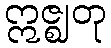
ဣဇ္ဈတု